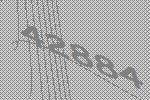
42884